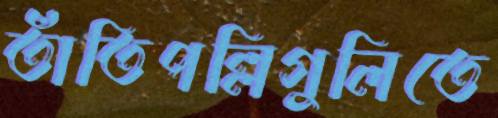
তাঁতিপল্লিগুলিতে